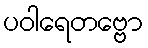
ပဝါရေတဗ္ဗော